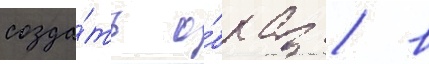
созда́ть о́браз / в